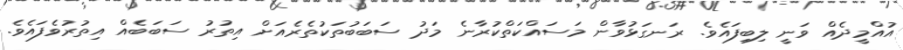
އުއްމީދެއް ވަނީ ލިބިފައެވެ. ރަނގަޅުވާން މަސައްކަތްކުރާނެ މަދު ސަބަބުތަކުތެރެއަށް އިތުރު ސަބަބެއް އިތުރުވެފައެވެ.